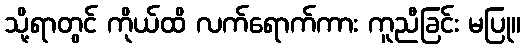
သို့ရာတွင် ကိုယ်ထိ လက်ရောက်ကား ကူညီခြင်း မပြု။